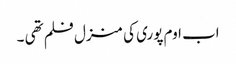
اب اوم پوری کی منزل فلم تھی ۔